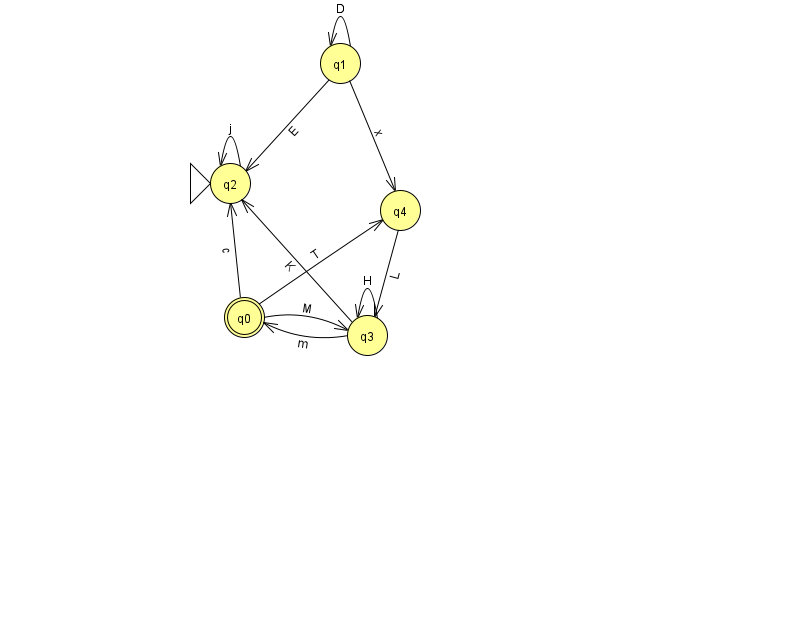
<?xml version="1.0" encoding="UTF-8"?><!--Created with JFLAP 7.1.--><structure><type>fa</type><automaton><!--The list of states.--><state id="0" name="q0"><x>244.0</x><y>304.0</y><final/></state><state id="1" name="q1"><x>340.0</x><y>50.0</y></state><state id="2" name="q2"><x>230.0</x><y>170.0</y><initial/></state><state id="3" name="q3"><x>367.0</x><y>322.0</y></state><state id="4" name="q4"><x>400.0</x><y>197.0</y></state><!--The list of transitions.--><transition><from>1</from><to>4</to><read>x</read></transition><transition><from>0</from><to>4</to><read>T</read></transition><transition><from>0</from><to>2</to><read>c</read></transition><transition><from>1</from><to>1</to><read>D</read></transition><transition><from>3</from><to>2</to><read>K</read></transition><transition><from>3</from><to>3</to><read>H</read></transition><transition><from>1</from><to>2</to><read>E</read></transition><transition><from>2</from><to>2</to><read>j</read></transition><transition><from>4</from><to>3</to><read>L</read></transition><transition><from>0</from><to>3</to><read>M</read></transition><transition><from>3</from><to>0</to><read>m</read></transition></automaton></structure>